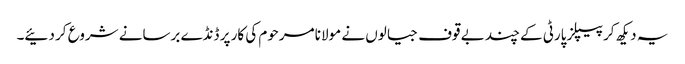
یہ دیکھ کر پیپلز پارٹی کے چند بے قوف جیالوں نے مولانا مرحوم کی کار پر ڈنڈے برسانے شروع کر دئیے۔